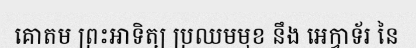
គោតម ព្រះអាទិត្យ ប្រឈមមុខ នឹង អេក្វាទ័រ នៃ